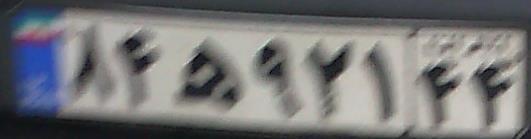
۸۴ه۹۲۱۴۴